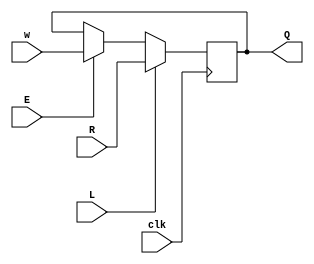
module top_module (
    input clk,
    input w, R, E, L,
    output Q
);

    wire muxL, muxE;
    
    assign muxL = ( L ) ? R : muxE;
    assign muxE = ( E ) ? w : Q;
    
    always @ ( posedge clk ) begin
        Q <= muxL;
    end
endmodule